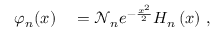
\begin{array} { r l } { \varphi _ { n } ( x ) } & { { } = \mathcal { N } _ { n } e ^ { - \frac { x ^ { 2 } } { 2 } } H _ { n } \left( x \right) \, , } \end{array}